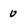
Character: o